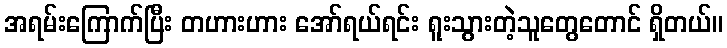
အရမ်းကြောက်ပြီး တဟားဟား အော်ရယ်ရင်း ရူးသွားတဲ့သူတွေတောင် ရှိတယ်။